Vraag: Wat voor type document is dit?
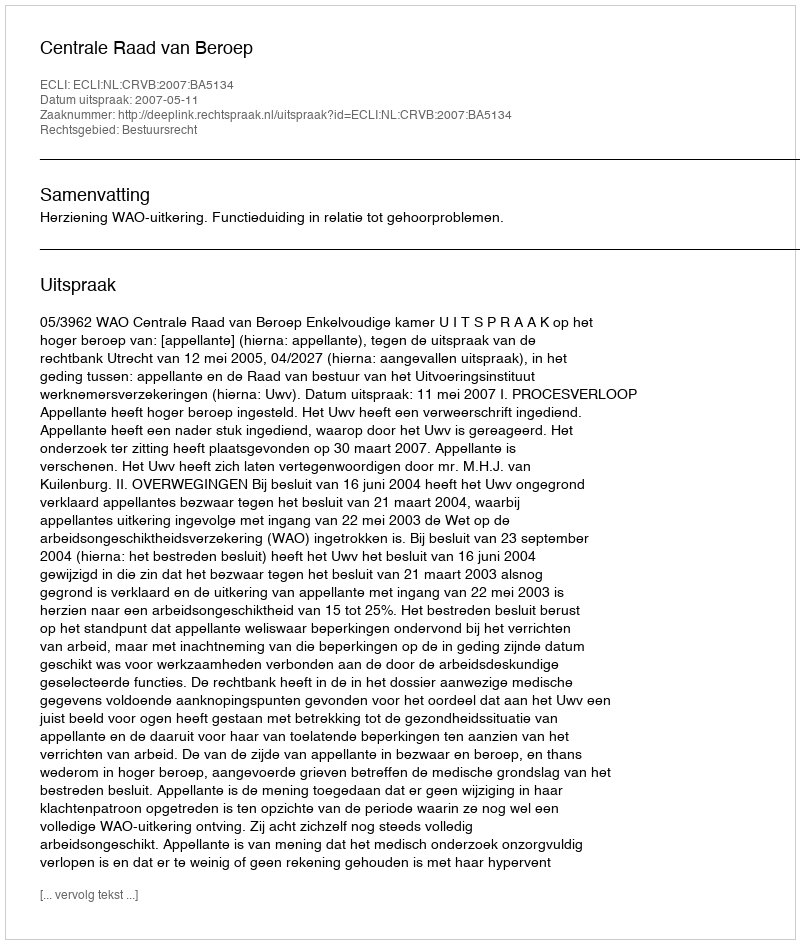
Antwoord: Uitspraak